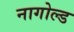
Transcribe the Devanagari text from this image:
नागोल्ड